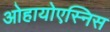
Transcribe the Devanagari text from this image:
ओहायोएस्निस